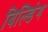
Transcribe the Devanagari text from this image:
बिल्‍डिंग